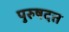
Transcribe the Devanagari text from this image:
पुरुषदत्त